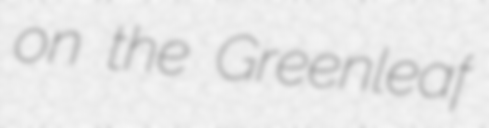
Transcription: on the Greenleaf